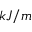
k J / m